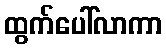
ထွက်ပေါ်လာကာ